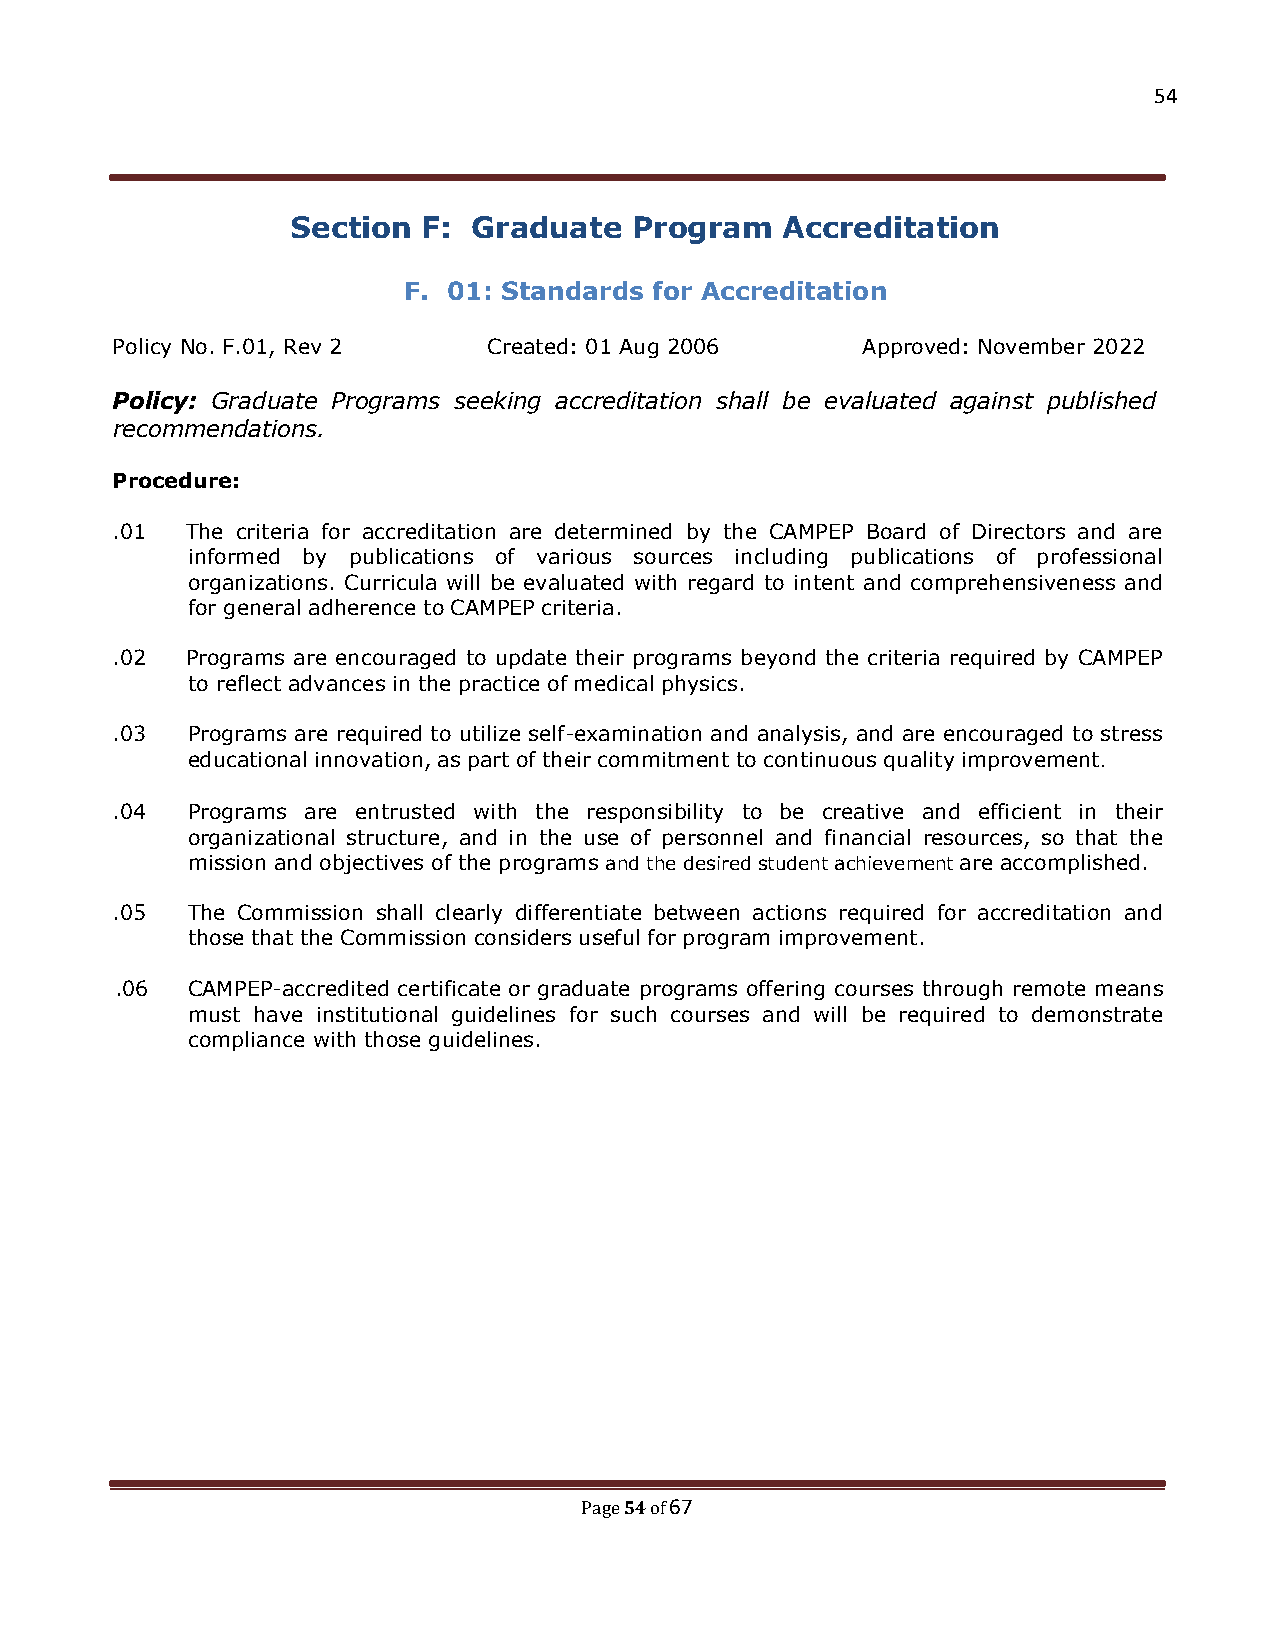
54
 Section  F: Graduate   Program   Accreditation
 F. 01: Standards for Accreditation
 Policy No. F.01, Rev 2   Created: 01 Aug 2006     Approved: November 2022
 Policy: Graduate Programs seeking accreditation shall be evaluated against published
 recommendations.
 Procedure:
 .01  The criteria for accreditation are determined by the CAMPEP Board of Directors and are
 informed by publications of various sources including publications of professional
 organizations. Curricula will be evaluated with regard to intent and comprehensiveness and
 for general adherence to CAMPEP criteria.
 .02  Programs are encouraged to update their programs beyond the criteria required by CAMPEP
 to reflect advances in the practice of medical physics.
 .03  Programs are required to utilize self-examination and analysis, and are encouraged to stress
 educational innovation, as part of their commitment to continuous quality improvement.
 .04  Programs are entrusted with the responsibility to be creative and efficient in their
 organizational structure, and in the use of personnel and financial resources, so that the
 mission and objectives of the programs and the desired student achievement are accomplished.
 .05  The Commission shall clearly differentiate between actions required for accreditation and
 those that the Commission considers useful for program improvement.
 .06 CAMPEP-accredited certificate or graduate programs offering courses through remote means
 must have institutional guidelines for such courses and will be required to demonstrate
 compliance with those guidelines.
 54 67
 Page of